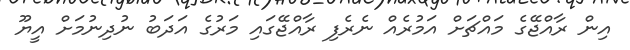
އިން ރާއްޖޭގެ މައްޗަށް އަމުރެއް ނެރެފި ރާއްޖޭގައި މަރުގެ އަދަބު ނުދިނުމަށް އީޔޫ